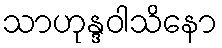
သာဟုန္ဒဝါသိနော